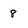
Character: 8